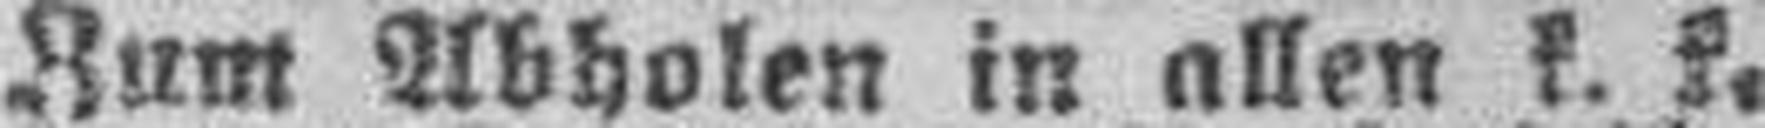
Zum Abholen in allen k. k.